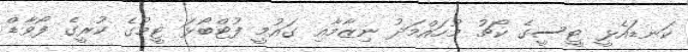
ކަނޑައެޅީ ޓީސީގެ ކޯޗު މުހައްމަދު ނިޒާމާއި ގައުމީ ފުޓްބޯޅަ ޓީމުގެ ކުރީގެ ފޯވާޑް